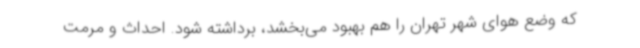
که وضع هوای شهر تهران را هم بهبود می‌بخشد، برداشته شود. احداث و مرمت